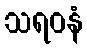
သရဝနံ